Scottish Leaving Certificate Examination, 1956
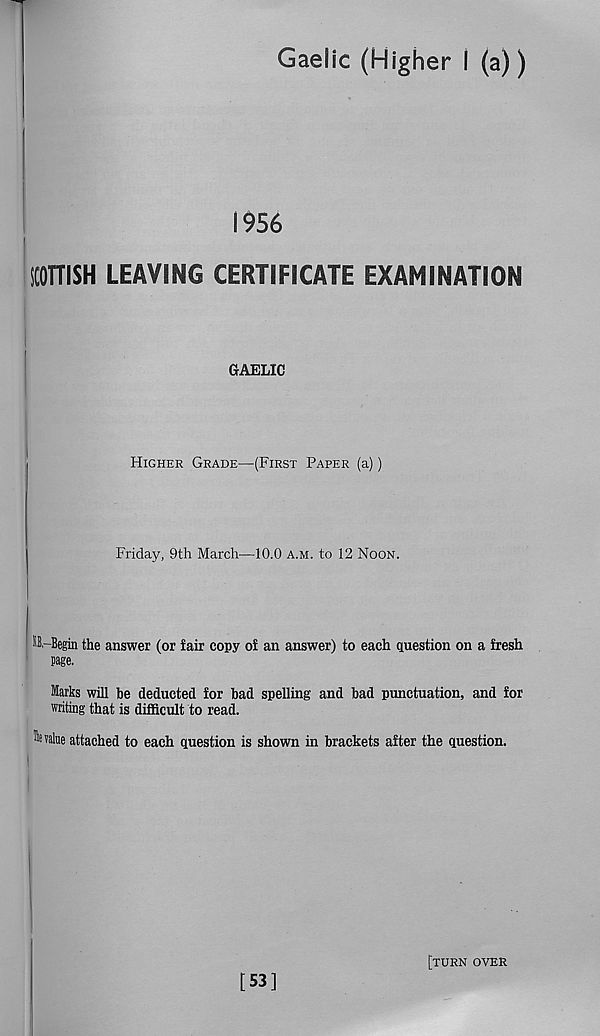
Gaelic (Higher I (a))
1956
SCOTTISH LEAVING CERTIFICATE EXAMINATION
GAELIC
Higher Grade—(First Paper (a))
Friday, 9th March—10.0 a.m. to 12 Noon.
tt-Begin the answer (or fair copy of an answer) to each question on a fresh
page.
Marks will be deducted for bad spelling and bad punctuation, and for
writing that is difficult to read.
lvalue attached to each question is shown in brackets after the question.
[53]
[turn over